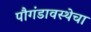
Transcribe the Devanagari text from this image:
पौगंडावस्थेचा